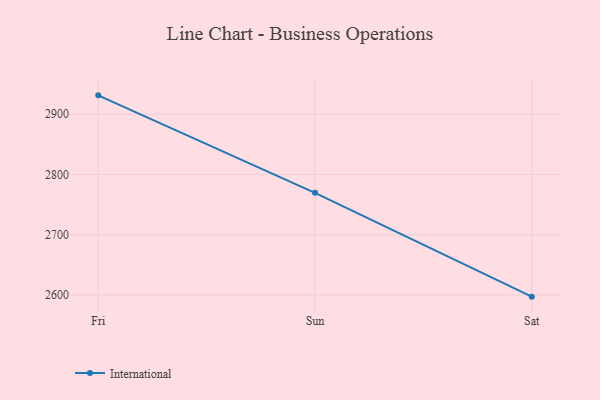
{"axis": {"x": "Day", "y": "Inventory Turnover"}, "legend": ["International"], "data": [{"x": "Fri", "y": 2931.4, "type": "International"}, {"x": "Sun", "y": 2769.6, "type": "International"}, {"x": "Sat", "y": 2597.3, "type": "International"}]}